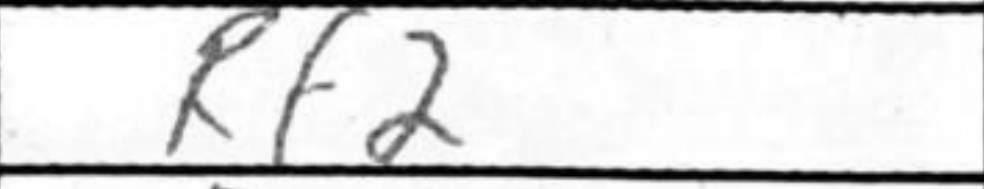
Transcription: Rf2